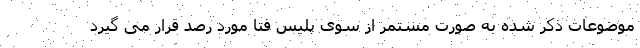
موضوعات ذکر شده به صورت مستمر از سوی پلیس فتا مورد رصد قرار می گیرد